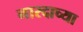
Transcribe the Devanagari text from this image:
नारदाच्या